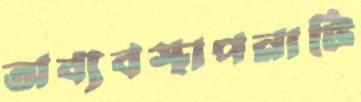
অব্যবস্থাপনাটি